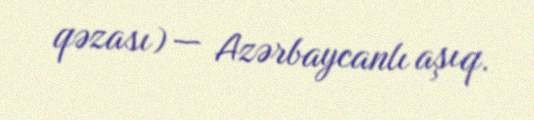
qəzası) — Azərbaycanlı aşıq.